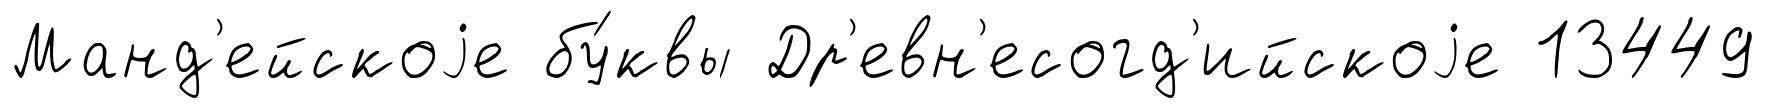
Манд'ейскоjе бу́квы Др'евн'есогд'ийскоjе 13449